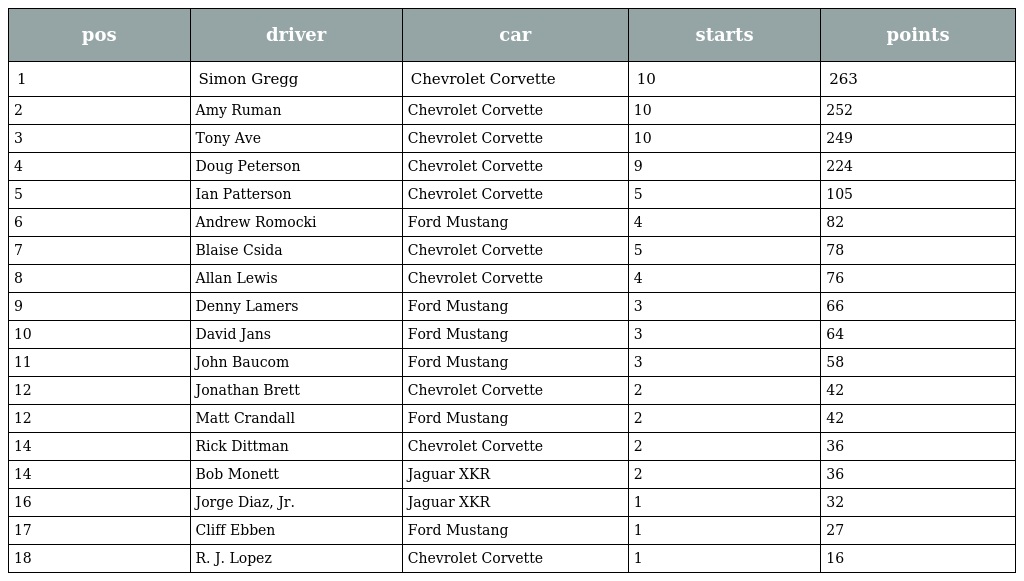
| pos | driver | car | starts | points |
 | --- | --- | --- | --- | --- |
 | 1 | Simon Gregg | Chevrolet Corvette | 10 | 263 |
 | 2 | Amy Ruman | Chevrolet Corvette | 10 | 252 |
 | 3 | Tony Ave | Chevrolet Corvette | 10 | 249 |
 | 4 | Doug Peterson | Chevrolet Corvette | 9 | 224 |
 | 5 | Ian Patterson | Chevrolet Corvette | 5 | 105 |
 | 6 | Andrew Romocki | Ford Mustang | 4 | 82 |
 | 7 | Blaise Csida | Chevrolet Corvette | 5 | 78 |
 | 8 | Allan Lewis | Chevrolet Corvette | 4 | 76 |
 | 9 | Denny Lamers | Ford Mustang | 3 | 66 |
 | 10 | David Jans | Ford Mustang | 3 | 64 |
 | 11 | John Baucom | Ford Mustang | 3 | 58 |
 | 12 | Jonathan Brett | Chevrolet Corvette | 2 | 42 |
 | 12 | Matt Crandall | Ford Mustang | 2 | 42 |
 | 14 | Rick Dittman | Chevrolet Corvette | 2 | 36 |
 | 14 | Bob Monett | Jaguar XKR | 2 | 36 |
 | 16 | Jorge Diaz, Jr. | Jaguar XKR | 1 | 32 |
 | 17 | Cliff Ebben | Ford Mustang | 1 | 27 |
 | 18 | R. J. Lopez | Chevrolet Corvette | 1 | 16 |